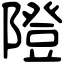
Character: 隥